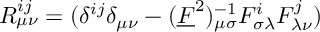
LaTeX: R _ { \mu \nu } ^ { i j } = ( \delta ^ { i j } \delta _ { \mu \nu } - ( \underline { { { F } } } ^ { 2 } ) _ { \mu \sigma } ^ { - 1 } F _ { \sigma \lambda } ^ { i } F _ { \lambda \nu } ^ { j } )